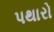
પથારો